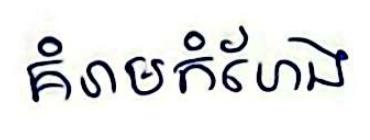
គំរាមកំហែង